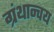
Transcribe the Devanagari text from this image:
ग्रंथान्वय